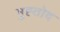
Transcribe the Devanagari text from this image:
मुह्तोद